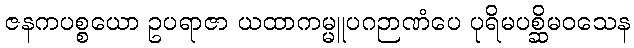
ဇနကပစ္စယော ဥပရာဇာ ယထာကမ္မူပဂဉာဏံပေ ပုရိမပစ္ဆိမဝသေန